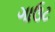
ગાઉટ